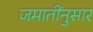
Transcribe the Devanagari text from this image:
जमातींनुसार